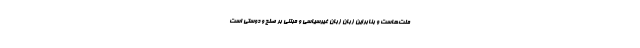
ملت‌هاست و بنابراین زبان زبان غیرسیاسی و مبتنی بر صلح و دوستی است